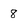
Character: 8